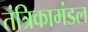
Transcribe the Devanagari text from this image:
तंत्रिकामंडल